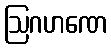
ဩဂဟဏေ